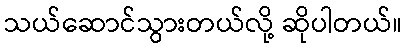
သယ်ဆောင်သွားတယ်လို့ ဆိုပါတယ်။